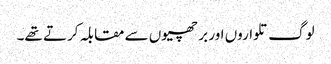
لوگ تلواروں اور بر چھیوں سے مقابلہ کرتے تھے۔